Jaan_Tonisson_(Lasteleht), lk 280
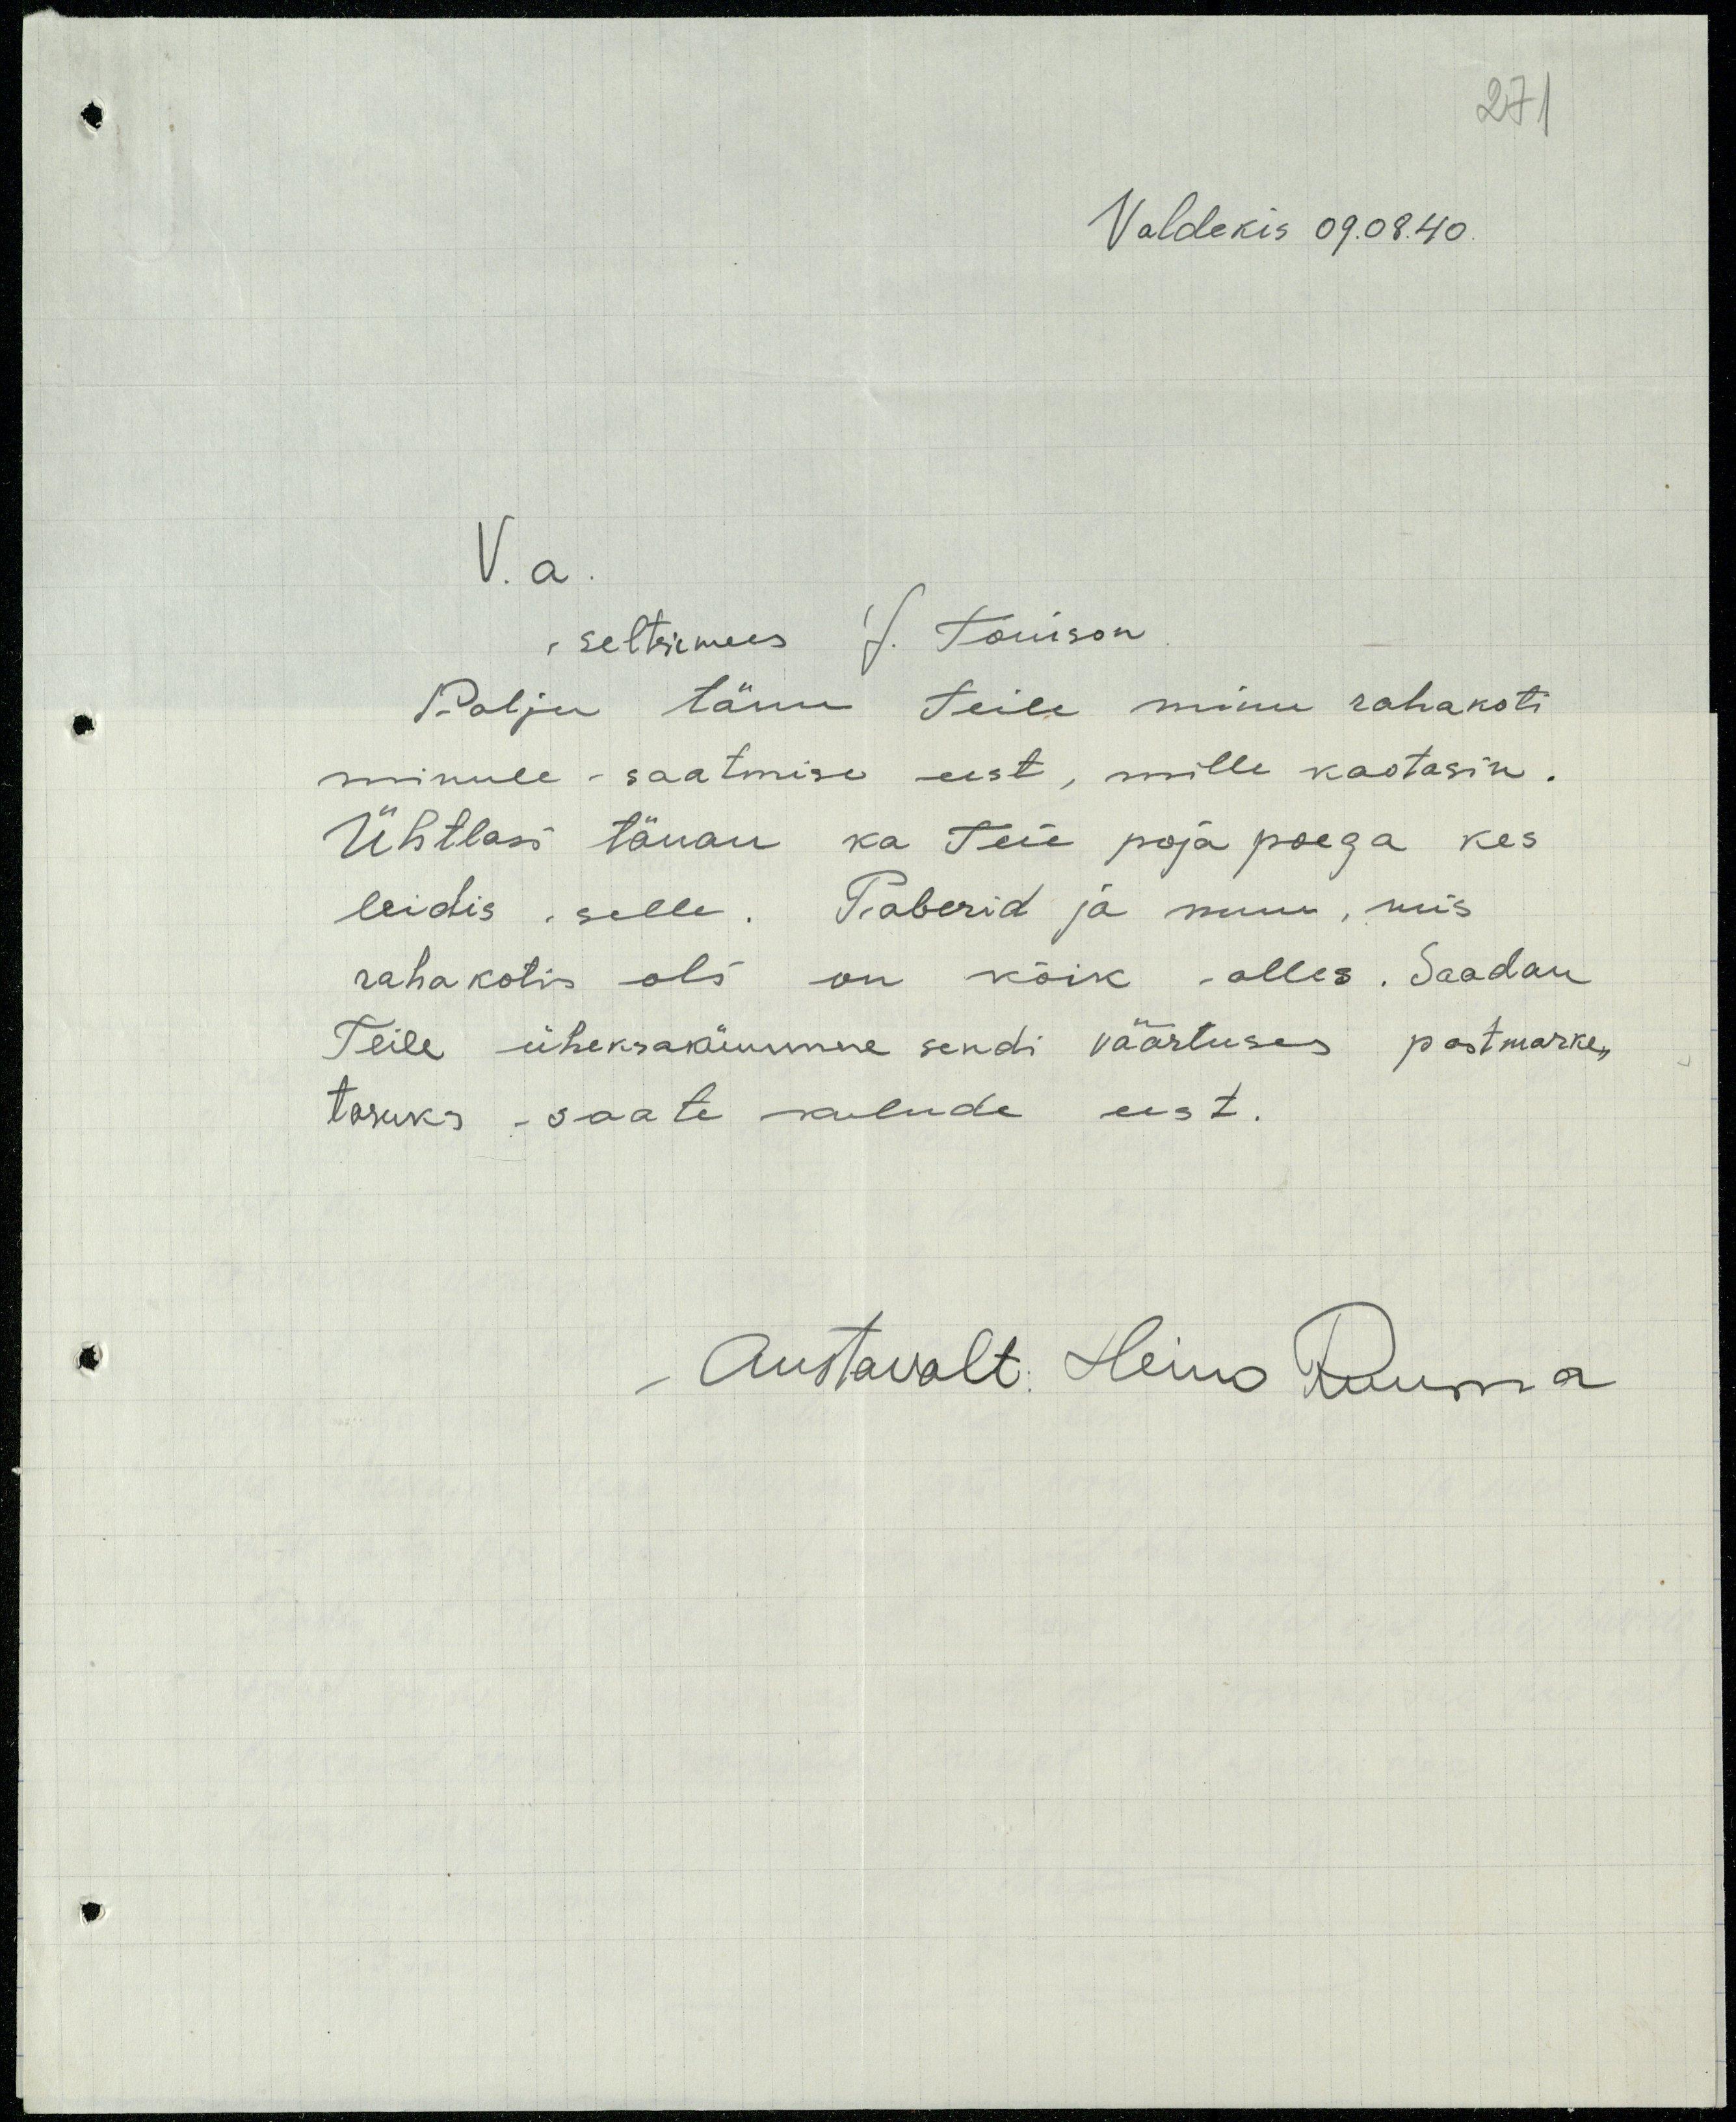
271
Valdekis 09.08.40.
V.a
seltsimees J. Tõnison
Palju tänu teile minu rahakoti
minule saatmise eest, mille kaotasin.
Ühtlasi tänan ka Teie poja poega kes
leidis selle. Paberid ja muu, mis
rahakotis oli on kõik alles. Saadan
Teile üheksakümmne sendi väärtuses postmarke
tasuks saate kulude eest.
Austavalt: Heino Ruuma